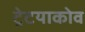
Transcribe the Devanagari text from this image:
ट्रेटयाकोव